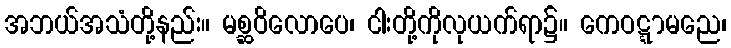
အဘယ်အသံတို့နည်း။ မစ္ဆဝိလောပေ၊ ငါးတို့ကိုလုယက်ရာ၌။ ကေဝဋ္ဋာမညေ၊